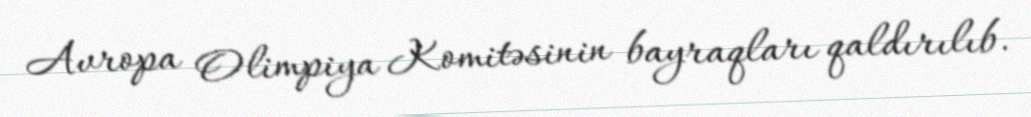
Avropa Olimpiya Komitəsinin bayraqları qaldırılıb.